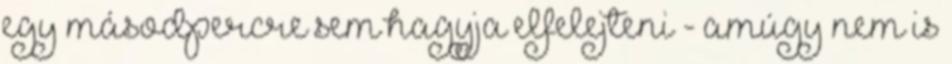
egy másodpercre sem hagyja elfelejteni - amúgy nem is